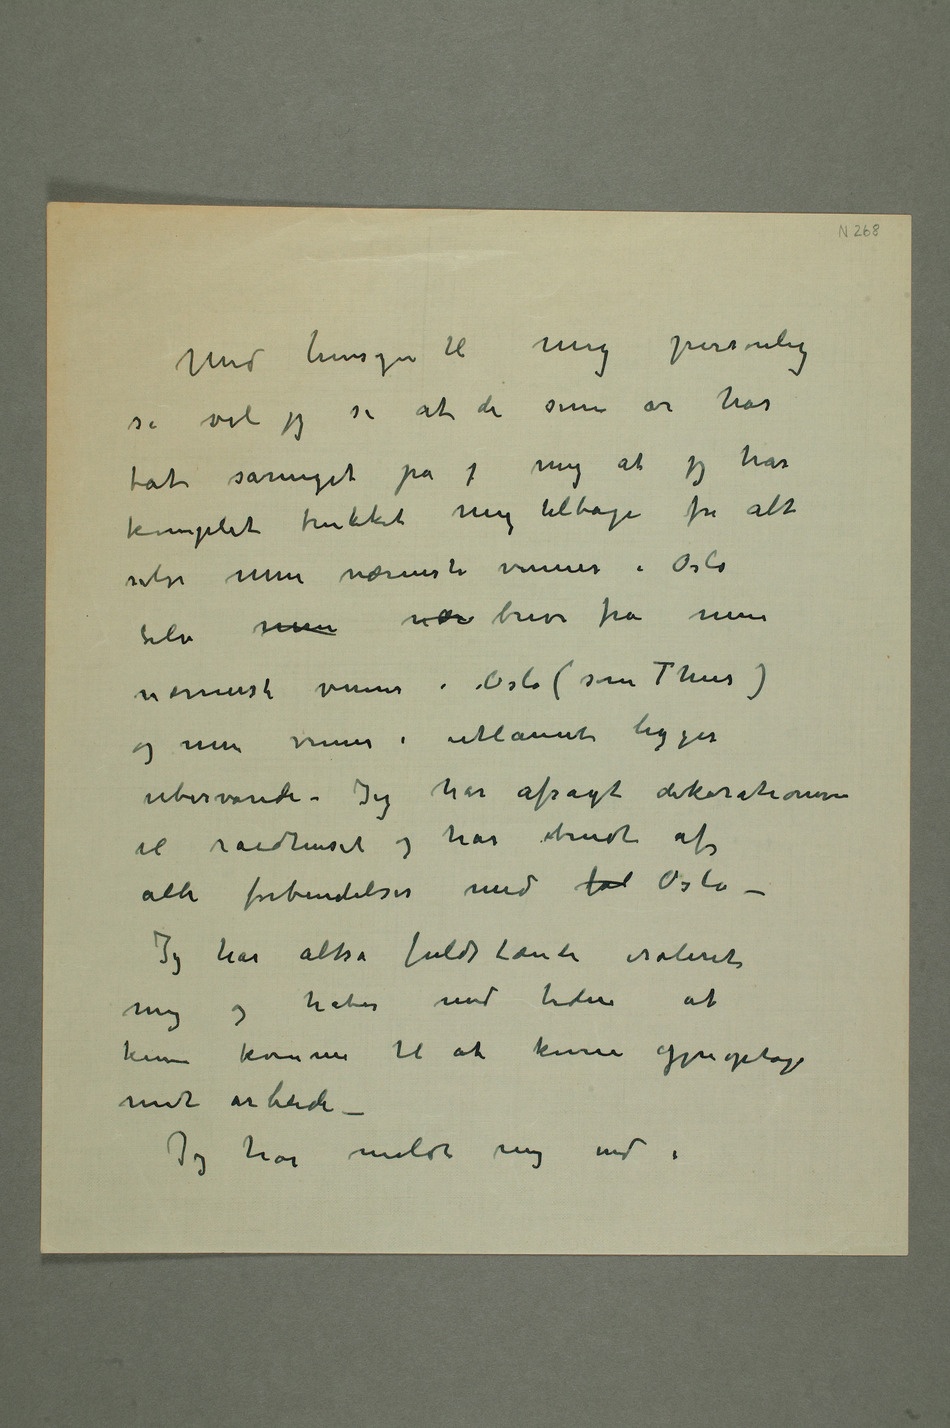
Med hensyn til mig personlig
så vil jeg si at de sene år har
tat såmeget på j mig at jeg har
komplet trukket mig tilbage fra alt
selv mine nærmeste venner i Oslo Selv mine
nær brev fra mine
nærmeste venner i Oslo (som Thiis)
og mine venner i utlannet ligger
ubesvarede. Jeg har afsagt dekorationerne
til raadhuset og har brudt af
alle forbindelser med  Oslo
– Jeg har altså fuldstændi isoleret
mig og håber med tiden at
kunne komme til at kunne gjenoptage
mit arbeide